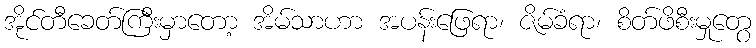
အိုင်တီခေတ်ကြီးမှာတော့ အိမ်သာဟာ အပန်းဖြေရာ၊ ဇိမ်ခံရာ၊ စိတ်ဖိစီးမှုတွေ